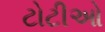
ટોટીઓ